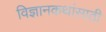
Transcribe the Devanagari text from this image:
विज्ञानकथांसाठी